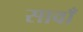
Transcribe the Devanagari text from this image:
सावाँ